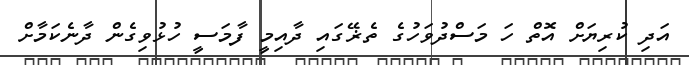
އަދި ކުރިޔަށް އޮތް ހަ މަސްދުވަހުގެ ތެޜޭގައި ދާއިމީ ފާމަސީ ހުޅުވިގެން ދާނެކަމާށް